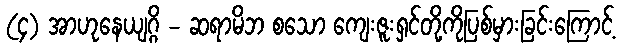
(၄) အာဟုနေယျဂ္ဂိ - ဆရာမိဘ စသော ကျေးဇူးရှင်တို့ကိုပြစ်မှားခြင်းကြောင့်